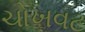
ચોખવટ